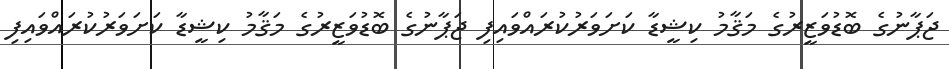
ޖަޕާނުގެ ބޮޑުވަޒީރުގެ މަޤާމު ކިޝީޑާ ކަށަވަރުކުރައްވައިފި ޖަޕާނުގެ ބޮޑުވަޒީރުގެ މަޤާމު ކިޝީޑާ ކަށަވަރުކުރައްވައިފި